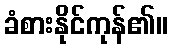
ခံစားနိုင်ကုန်၏။